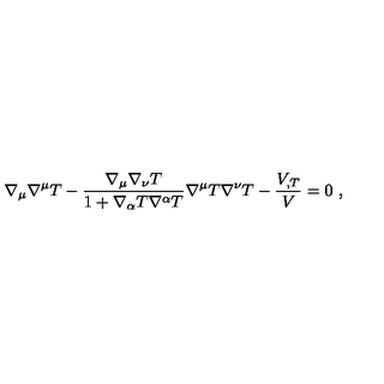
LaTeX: \nabla _ { \mu } \nabla ^ { \mu } T - \frac { \nabla _ { \mu } \nabla _ { \nu } T } { 1 + \nabla _ { \alpha } T \nabla ^ { \alpha } T } \nabla ^ { \mu } T \nabla ^ { \nu } T - \frac { V _ { , T } } { V } = 0 \ ,